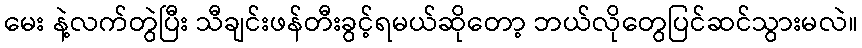
မေး နဲ့လက်တွဲပြီး သီချင်းဖန်တီးခွင့်ရမယ်ဆိုတော့ ဘယ်လိုတွေပြင်ဆင်သွားမလဲ။